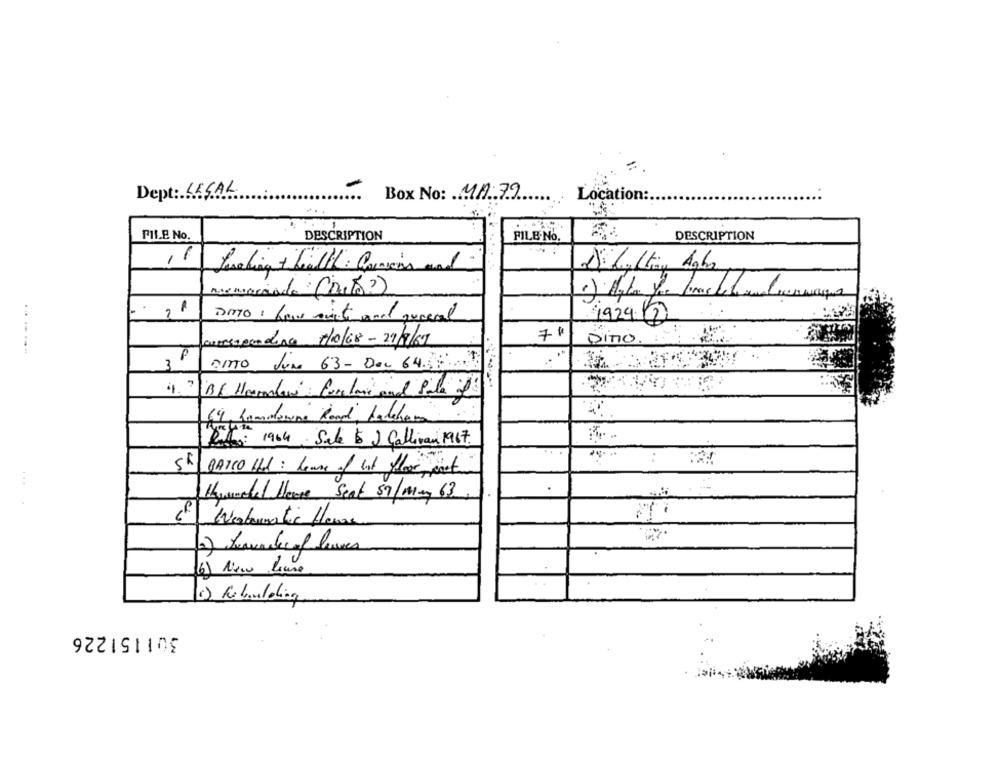
Dept: LEGAL
Box No: MA 79
Location :.
PILE No.
DESCRIPTION
FILE-No.
DESCRIPTION
11
memoriade (isto?)
Dio : few minutes and general
1924.12
71
Dino.
DITTO June 63 - Dec 645
3
64, Comoowne Road, Hadebom
21: 1964 Sale & 2 Callivan 1967.
5h/ BARCO 1hd : lease of lot floor, post
thewordel Herre Seat S7/May 63
of Wartematic Home
1 Rebuilding
301151226